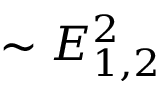
\sim E _ { 1 , 2 } ^ { 2 }